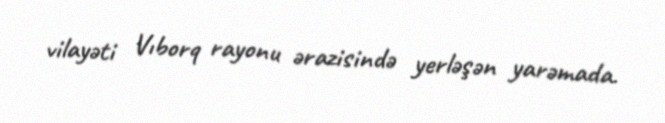
vilayəti Vıborq rayonu ərazisində yerləşən yarəmada.